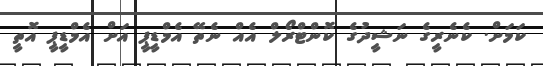
ކަމަށް. ކެނެރީގެ ނަޝީދުގެ ކޮންޓްރޯލް އެއް ނެތޭ އެމްޑީޕީ އަށް އެމްޑީޕީ އޮތީ